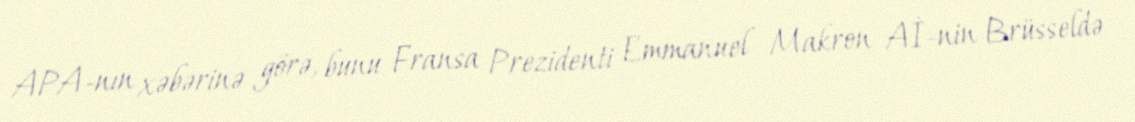
APA-nın xəbərinə görə, bunu Fransa Prezidenti Emmanuel Makron Aİ-nin Brüsseldə